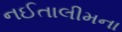
નઈતાલીમના